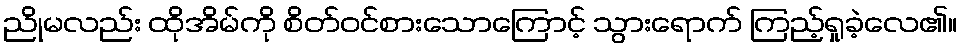
ညိုမလည်း ထိုအိမ်ကို စိတ်ဝင်စားသောကြောင့် သွားရောက် ကြည့်ရှုခဲ့လေ၏။